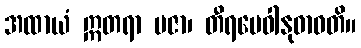
အထာယံ ဣတရာ ပဇာ၊ တီရမေဝါနုဓာဝတိ။